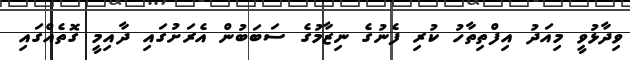
ވިދާޅުވީ މިއަދު އިފްތިތާހު ކުރި ފެނުގެ ނިޒާމުގެ ސަބަބުން އެރަށުގައި ދާއިމީ ގޮތެއްގައި